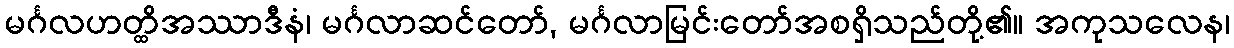
မင်္ဂလဟတ္ထိအဿာဒီနံ၊ မင်္ဂလာဆင်တော်, မင်္ဂလာမြင်းတော်အစရှိသည်တို့၏။ အကုသလေန၊